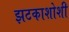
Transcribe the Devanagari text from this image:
झटकाशोशी